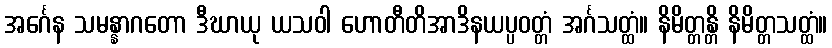
အင်္ဂေန သမန္နာဂတော ဒီဃာယု ယသဝါ ဟောတီတိအာဒိနယပ္ပဝတ္တံ အင်္ဂသတ္ထံ။ နိမိတ္တန္တိ နိမိတ္တသတ္ထံ။